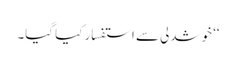
‘‘ خوشدلی سے استفسار کیا گیا۔